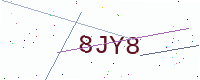
Text: 8JY8